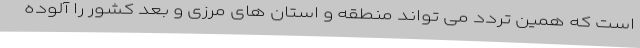
است که همین تردد می تواند منطقه و استان های مرزی و بعد کشور را آلوده